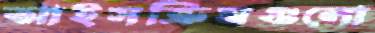
আইসক্রিমগুলো